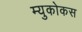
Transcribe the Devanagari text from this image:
म्युकोकस